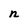
Character: n